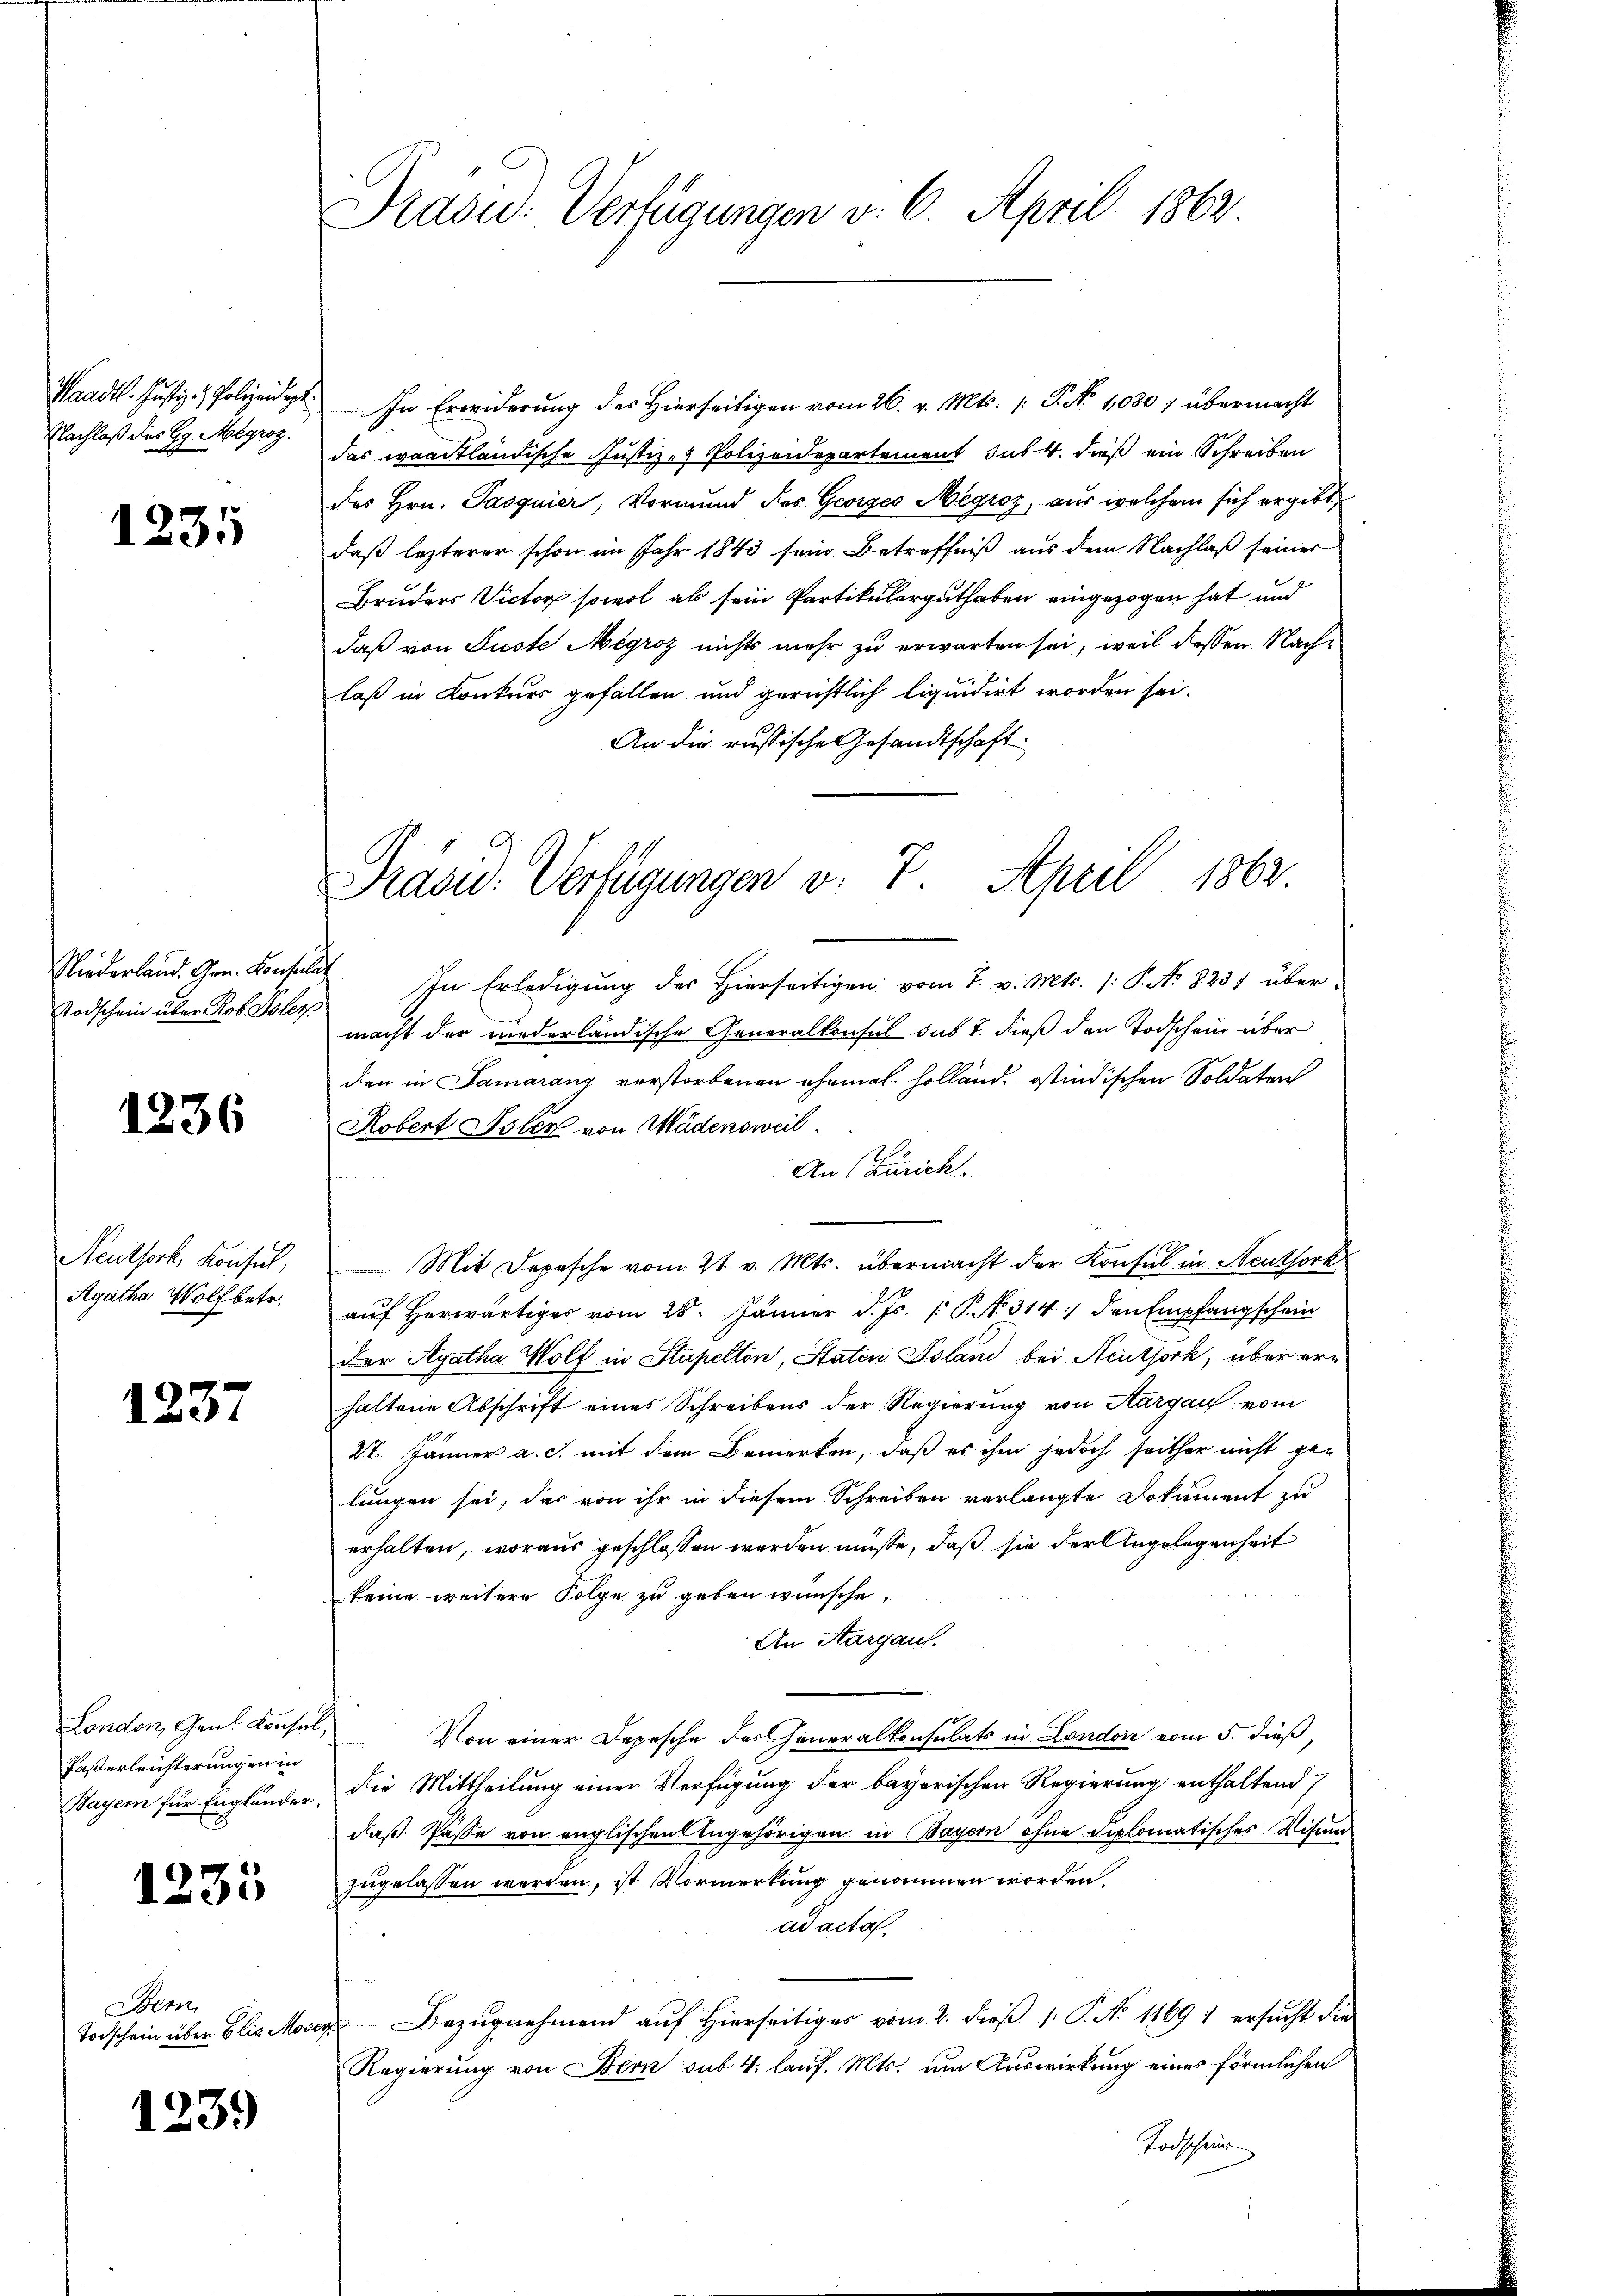
Nachlaß des Gg. Megroz.

1231

Niederland. Gen. Konsulat
Todschein über Rob Islers

1236

Neuthork, Konsul,
Agatha Wolfbetr.

1237

London, Gen. Consul,
Fasterleichterungen in

1235

Wenn
Todschein über Elis Mose

1239

Prasid. Verfügungen v. 6. April 1862.

Waadt. Justiz-Polizeidet. In Erwiderŭng der hierseitigen vom 26. v. Mts. /: P. No 1030 übermacht
das waadtländische Justiz- & Polizeidepartement sub 4. dieß ein Schreiben
des Hrn. Pasquier, Vormund des Georges Megroz, aus welchem sich ergibt
daß lezterer schon im Jahr 1843 sein Betreffniß aus dem Nachlaß seiner
Bruders Victor sowol als sein Partikularguthaben eingezogen hat und
daß von Puste Mégroz nichts mehr zu erwarten sei, weil dessen Nachlaß in Konkurs gefallen und gerichtlich liquidirt worden sei.
An die russische Gesandtschaft:

Präsid. Verfügungen v. 7. April 1862.

In Erledigung des Hierseitigen vom 7. v. Mts. (: P. No 8231 übermacht der niederländische Generalkonsul das J. dieß den Todschein über
den in Samarang verstorbenen ehemal. Holland, ostindischen Soldaten
Robert Isler von Mädensweil
An (Zürich.
Mit Depesche vom 21. v. Mts. übermacht der Konfel in Neuthork
auf Herwärtiges vom 28. Jänner d. Js. [ P. N. 314 den Empfangschein
der Agatha Wolf in Stapelton, Staten Soland bei Neuthork, über erhaltene Abschrift eines Schreibens der Regierung von Aargau vom
27. Jänner a. c. mit dem Bemerken, daß es ihm jedoch seither nicht gelungen sei, das von ihr in diesem Schreiben verlangte Dokument zu
erhalten, woraus geschlossen werden müsse, daß sie der Angelegenheit
keine weitere Folge zu geben wünsche.
An Aargaus.
Von einer Depesche des Generalkonsulats in London vom 5. dieß,
Bayern für Engländer, die Mittheilung einer Verfügung der bayerischen Regierung enthaltend,
daß Pässe von englischen Angehörigen in Bayern ohne diplomatisches Visum
zugelassen werden, ist Vormerkung genommen worden,
ad acta.
a Bezugnehmend auf Hierseitiger vom 2. dieß 1: P. No 11691 ersucht die
Regierung von Bern sub 4. lauf. Mts. um Auswirkung eines förmlichen
Torschein